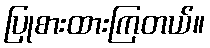
ပြုစားထားကြတယ်။